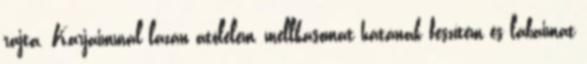
rajta. Karjaimmal lazán átölelem, mellkasomat hátának feszítem és lábaimat